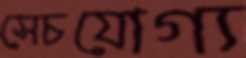
সেচযোগ্য